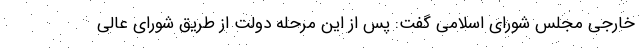
خارجی مجلس شورای اسلامی گفت: پس از این مرحله دولت از طریق شورای عالی